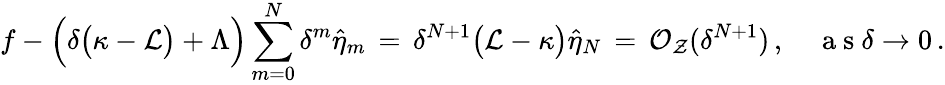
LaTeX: f-\Bigl(\delta\bigl(\kappa-\mathcal{L}\bigr)+\Lambda\Bigr)\sum_{m=0}^{N}\delta^{m}\hat{\eta}_{m}\, =\, \delta^{N+1}\bigl(\mathcal{L}-\kappa\bigr)\hat{\eta}_{N}\, =\, \mathcal{O}_{\mathcal{Z}}(\delta^{N+1})\, ,\quad\mathrm{~a~s~}\delta\to 0\, .